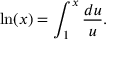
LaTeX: \ln ( x ) = \int _ { 1 } ^ { x } { \frac { d u } { u } } .